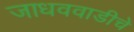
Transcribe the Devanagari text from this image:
जाधववाडीचे